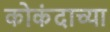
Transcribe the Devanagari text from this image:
कोकंदाच्या